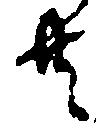
共